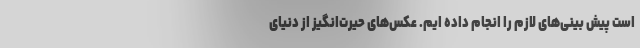
است پیش بینی‌های لازم را انجام داده ایم. عکس‌های حیرت‌انگیز از دنیای